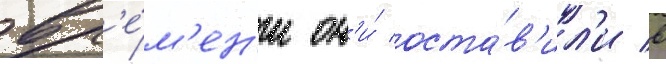
вр'е́м'ен'и он'и́ оста́в'ил'и в